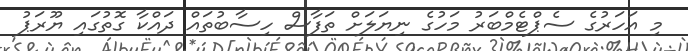
މި އަހަރުގެ ސެޕްޓެމްބަރު މަހުގެ ނިޔަލަށް ތަފާސް ހިސާބުތައް ދައްކާ ގޮތުގައި ޔޫރަޕު